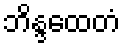
ဘိန္ဒထေတံ